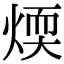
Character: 煗